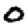
Digit: 0